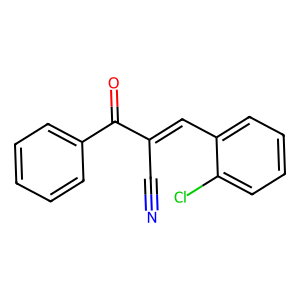
SMILES: N#CC(=Cc1ccccc1Cl)C(=O)c1ccccc1
Inhibits HIV replication: No